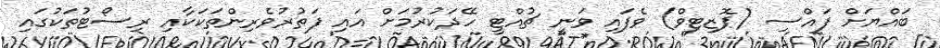
ބައްޔަށް ފައްސި (ޕޮޒިޓިވް) ވެފައި ވަނީ ޗުއްޓީ ހޭދަކުރުމަށް އައި ފަތުރުވެރިންތަކަކާއި ރިސޯޓުތަކުގައި